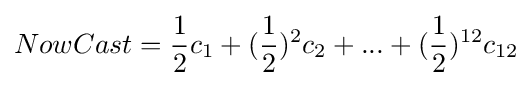
NowCast={\frac {1}{2}}c_{1}+({\frac {1}{2}})^{2}c_{2}+...+{({\frac {1}{2}}})^{12}{c_{12}}